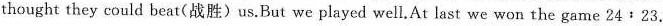
thought they could beat(战胜)us.But we played well.At last we won the game 24:23.